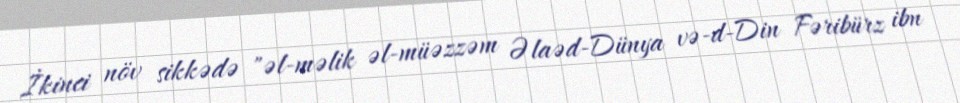
İkinci növ sikkədə "əl-məlik əl-müəzzəm Əlaəd-Dünya və-d-Din Fəribürz ibn